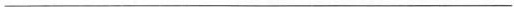
___